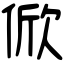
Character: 俽